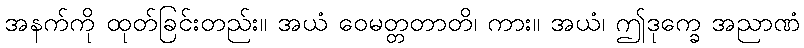
အနက်ကို ထုတ်ခြင်းတည်း။ အယံ ဝေမတ္တတာတိ၊ ကား။ အယံ၊ ဤဒုက္ခေ အညာဏံ